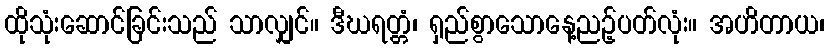
ထိုသုံးဆောင်ခြင်းသည် သာလျှင်။ ဒီဃရတ္တံ၊ ရှည်စွာသောနေ့ညဉ့်ပတ်လုံး။ အဟိတာယ၊